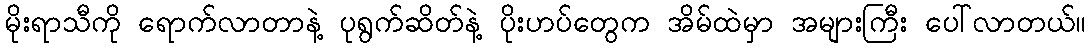
မိုးရာသီကို ရောက်လာတာနဲ့ ပုရွက်ဆိတ်နဲ့ ပိုးဟပ်တွေက အိမ်ထဲမှာ အများကြီး ပေါ်လာတယ်။